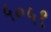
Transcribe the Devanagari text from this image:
५०५१